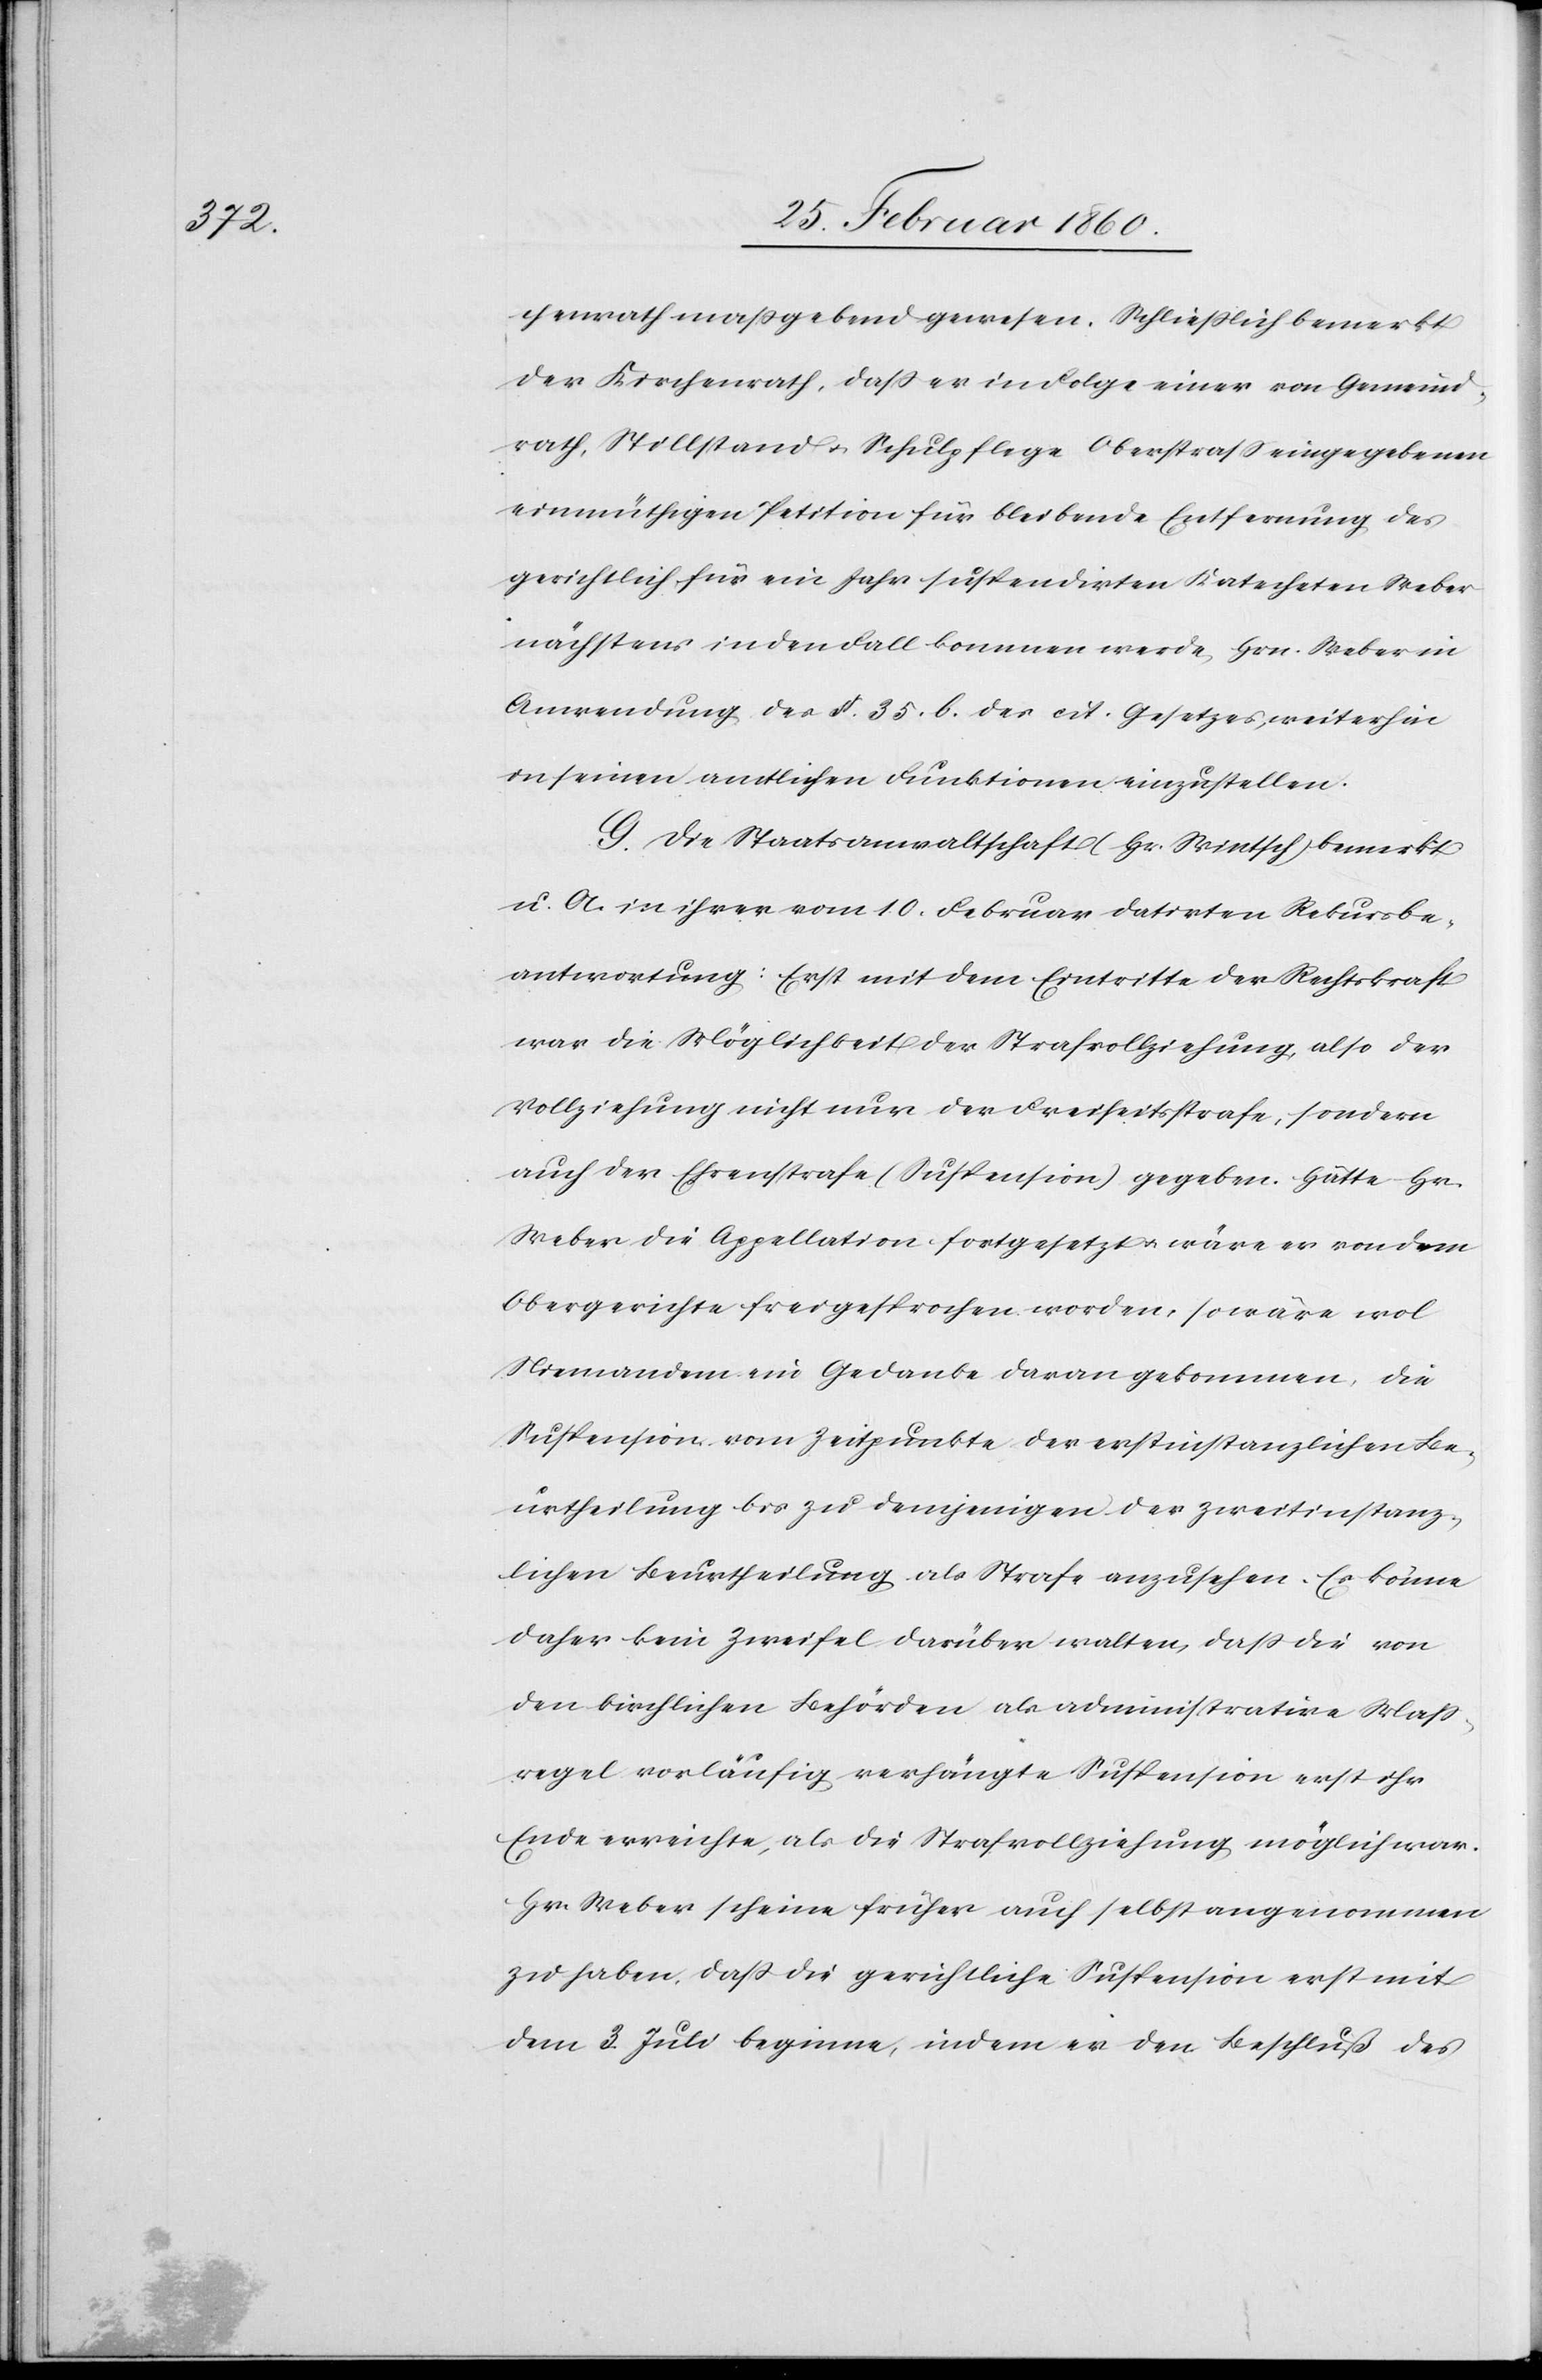
chenrath maßgebend gewesen. Schliesslich bemerkt
der Kirchenrath, dass er in Folge einer von Gemeind¬
rath, Stillstand u. Schulpflege Oberstrass eingegebenen
einmüthigen Petition für bleibende Entfernung des
gerichtlich für ein Jahr suspendirten Katecheten Weber
nächstens in den Fall kommen werde, Hrn. Weber in
Anwendung des §. 35. b. des cit. Gesetzes, weiterhin
in seinen amtlichen Funktionen einzustellen.
G. Die Staatsanwaltshaft (Hr. Wintsch) bemerkt
u. A. in ihrer vom 10. Februar datirten Rekursbe¬
antwortung: Erst mit dem Eintritte der Rechtskraft
war die Möglichkeit der Strafvollziehung, also der
Vollziehung nicht nur der Freiheitsstrafe, sondern
auch der Ehrenstrafe (Suspension) gegeben. Hätte Hr.
Weber die Appellation fortgesetzt u. wäre er von dem
Obergerichte freigesprochen worden, so wäre wol
Niemandem ein Gedanke daran gekommen, die
Suspension vom Zeitpunkte der erstinstanzlichen Be¬
urtheilung bis zu demjenigen der Zweitinstanz¬
lichen Beurtheilung als Strafe anzusehen. Es könne
daher kein Zweifel darüber walten, dass die von
den kirchlichen Behörden als administrative Mass¬
regel vorläufig verhängte Suspension erst ihr
Ende erreichte, als die Strafvollziehung möglich war.
Hr. Weber scheine früher auch selbst angenommen
zu haben, dass die gerichtliche Suspension erst mit
dem 3. Juli beginne, indem er den Beschluß des